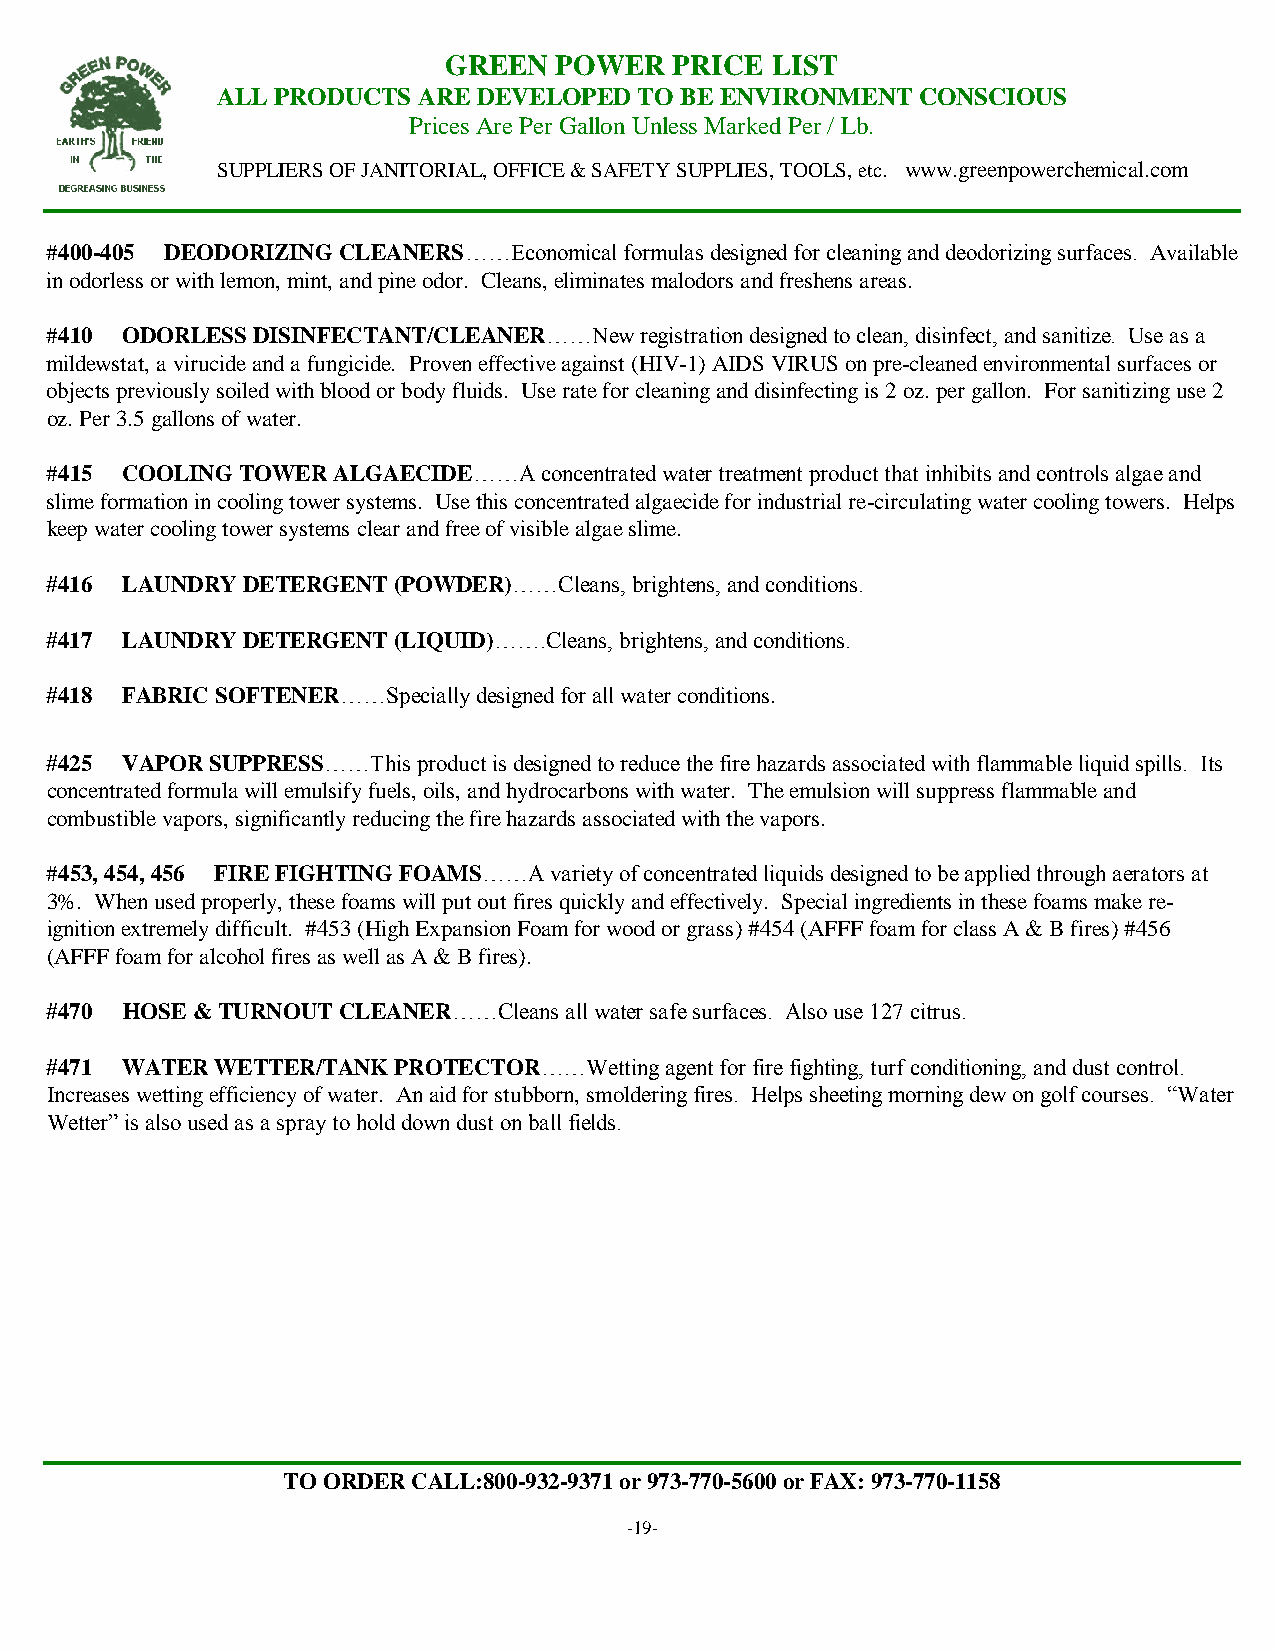
GREEN   POWER   PRICE LIST
 ALL PRODUCTS  ARE DEVELOPED TO BE ENVIRONMENT  CONSCIOUS
 Prices Are Per Gallon Unless Marked Per / Lb.
 SUPPLIERS OF JANITORIAL, OFFICE & SAFETY SUPPLIES, TOOLS, etc. www.greenpowerchemical.com
 #400-405 DEODORIZING CLEANERS……Economical formulas designed for cleaning and deodorizing surfaces. Available
 in odorless or with lemon, mint, and pine odor. Cleans, eliminates malodors and freshens areas.
 #410 ODORLESS DISINFECTANT/CLEANER……New registration designed to clean, disinfect, and sanitize. Use as a
 mildewstat, a virucide and a fungicide. Proven effective against (HIV-1) AIDS VIRUS on pre-cleaned environmental surfaces or
 objects previously soiled with blood or body fluids. Use rate for cleaning and disinfecting is 2 oz. per gallon. For sanitizing use 2
 oz. Per 3.5 gallons of water.
 #415 COOLING TOWER ALGAECIDE……A  concentrated water treatment product that inhibits and controls algae and
 slime formation in cooling tower systems. Use this concentrated algaecide for industrial re-circulating water cooling towers. Helps
 keep water cooling tower systems clear and free of visible algae slime.
 #416 LAUNDRY DETERGENT (POWDER)……Cleans, brightens, and conditions.
 #417 LAUNDRY DETERGENT (LIQUID)…….Cleans, brightens, and conditions.
 #418 FABRIC SOFTENER……Specially designed for all water conditions.
 #425 VAPOR SUPPRESS……This product is designed to reduce the fire hazards associated with flammable liquid spills. Its
 concentrated formula will emulsify fuels, oils, and hydrocarbons with water. The emulsion will suppress flammable and
 combustible vapors, significantly reducing the fire hazards associated with the vapors.
 #453, 454, 456 FIRE FIGHTING FOAMS……A variety of concentrated liquids designed to be applied through aerators at
 3%. When used properly, these foams will put out fires quickly and effectively. Special ingredients in these foams make re-
 ignition extremely difficult. #453 (High Expansion Foam for wood or grass) #454 (AFFF foam for class A & B fires) #456
 (AFFF foam for alcohol fires as well as A & B fires).
 #470 HOSE & TURNOUT CLEANER……Cleans all water safe surfaces. Also use 127 citrus.
 #471 WATER WETTER/TANK PROTECTOR……Wetting agent for fire fighting, turf conditioning, and dust control.
 Increases wetting efficiency of water. An aid for stubborn, smoldering fires. Helps sheeting morning dew on golf courses. “Water
 Wetter” is also used as a spray to hold down dust on ball fields.
 TO ORDER CALL:800-932-9371 or 973-770-5600 or FAX: 973-770-1158
 -19-